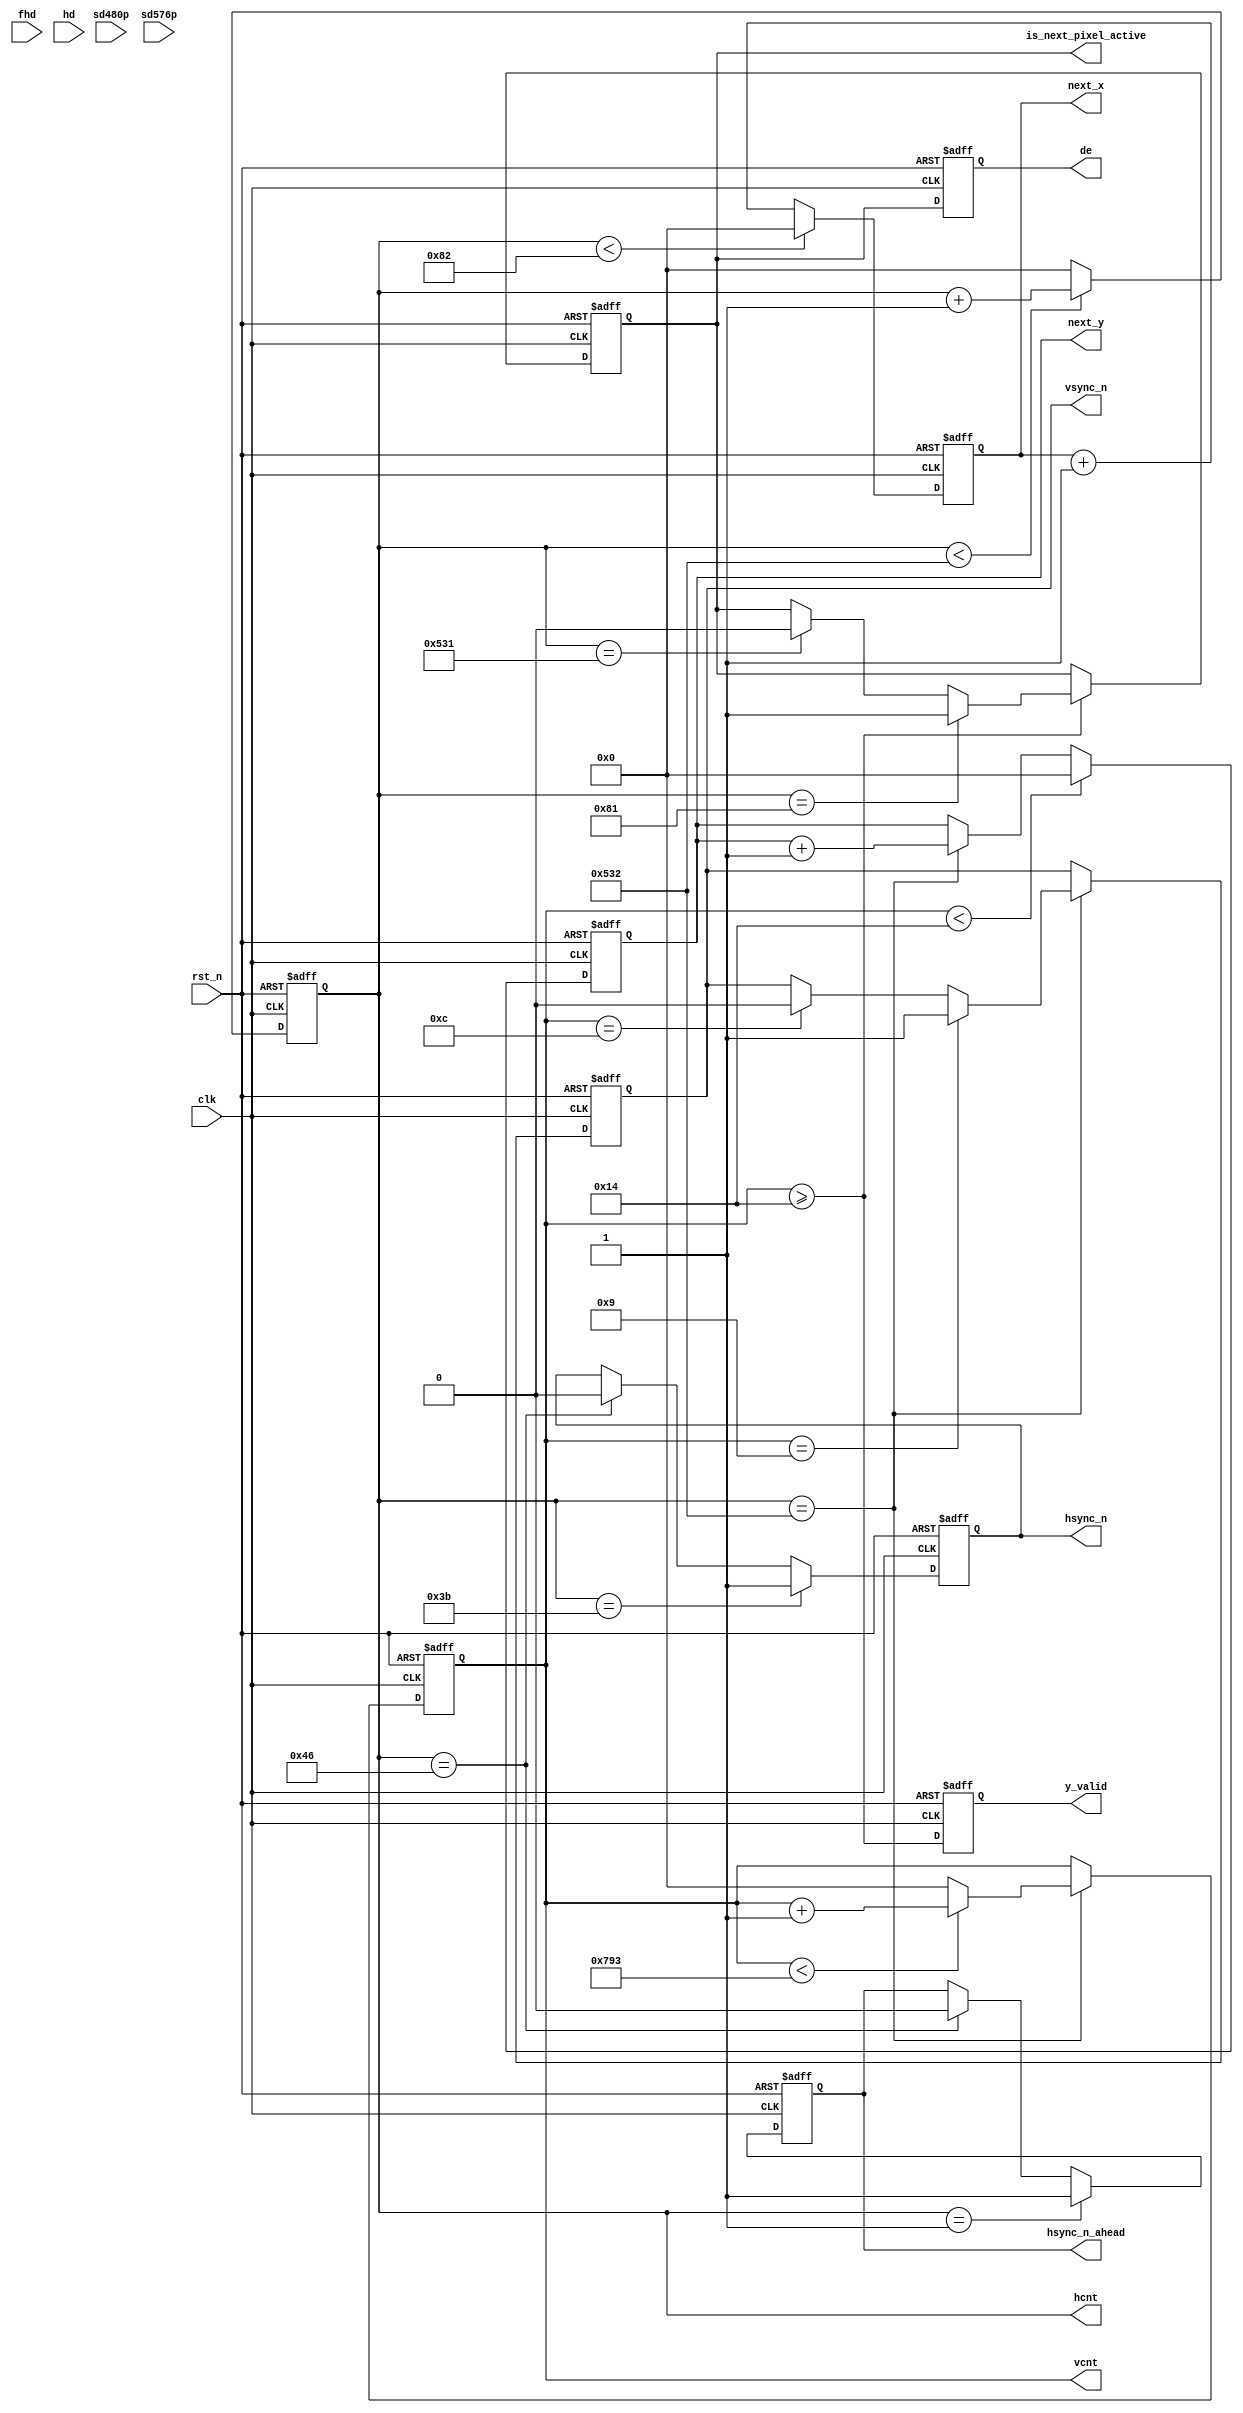
`define RES_1080p

module video_ctrl_1080x1920(
input             rst_n                ,
input             clk                  ,
input             fhd                  ,
input             hd,                  
input             sd480p               ,
input             sd576p               ,
output reg        hsync_n              ,
output reg        hsync_n_ahead        ,
output reg        vsync_n              ,
output reg        de                   ,
output reg        is_next_pixel_active ,
output reg        y_valid              ,
output reg [12:0] next_x               ,
output reg [12:0] next_y               ,
output reg [12:0] hcnt                 ,
output reg [12:0] vcnt                 
);

wire [7:0]        H_FRONT       = 8'd60                      ;
wire [7:0]        H_SYNC        = 8'd11                      ;
wire [7:0]        H_BACK        = 8'd60                      ;
wire [11:0]       H_ACT	        = 12'd1200                   ;
wire [12:0]       H_BLANK_END   = H_FRONT+H_SYNC+H_BACK      ;
wire [12:0]       H_PERIOD      = H_FRONT+H_SYNC+H_BACK+H_ACT;  //88+44+148+1920=2200 //(2200*1245)/(1920+45)~35+40+119+1200

wire [7:0]        V_FRONT       = 8'd10                      ; 
wire [7:0]        V_SYNC        = 8'd3                       ; 
wire [7:0]        V_BACK        = 8'd7                       ; 
wire [11:0]       V_ACT	        = 12'd1920                   ;
wire [12:0]       V_BLANK_END   = V_FRONT+V_SYNC+V_BACK      ;
wire [12:0]       V_PERIOD      = V_FRONT+V_SYNC+V_BACK+V_ACT; //4+5+36+1080=1125

//hsync_n
always @ (posedge clk or negedge rst_n)
begin
	if(!rst_n)
	begin
		hcnt <= 0;
		hsync_n <= 0;
		hsync_n_ahead <= 1'b0;
	end
	else
	begin
		if(hcnt<H_PERIOD-1)
			hcnt <= hcnt + 1;  
		else 
			hcnt <= 0;
		if (hcnt == H_FRONT-1)
			hsync_n <= 1'b1;
		else if (hcnt == H_FRONT+H_SYNC-1)
			hsync_n <= 1'b0;
			
		if(hcnt == 1)
			hsync_n_ahead <= 1'b1;
		else if (hcnt == H_FRONT+H_SYNC-1)
			hsync_n_ahead <= 1'b0;	
	end
end
  
 
//vsync_n
always @ (posedge clk or negedge rst_n)
begin
	if(!rst_n)
	begin
		vcnt <=  0;
		vsync_n <= 0;
	end
	else
	begin 
		if (hcnt == H_PERIOD-1)
		begin
			if(vcnt<V_PERIOD-1)
				vcnt <= vcnt + 1;  
			else 
				vcnt <= 0;
			if (vcnt == V_FRONT-1)
				vsync_n <= 1'b1;
			else if (vcnt == V_FRONT+V_SYNC-1)
				vsync_n <= 1'b0;
		end
	end
end
    
always @ (posedge clk or negedge rst_n)
if (!rst_n) begin
	is_next_pixel_active <= 0;
	de <= 0;
	y_valid <= 0;
end 
else begin
	if (vcnt >= V_BLANK_END) begin
		if (hcnt == H_BLANK_END - 2)
			is_next_pixel_active <= 1'b1;
		else if (hcnt == H_PERIOD - 2)
			is_next_pixel_active <= 1'b0;
	end
	y_valid <= vcnt >= V_BLANK_END;
	de <= is_next_pixel_active;
end
	
always @ (posedge clk or negedge rst_n)
if (!rst_n) begin
	next_x <= 0;
	next_y <= 0;
end
else begin
	if (hcnt < H_BLANK_END - 1)
		next_x <= 0;
	else
		next_x <= next_x + 1'b1;
	
	if (vcnt < V_BLANK_END)
		next_y <= 0;
	else if (hcnt == H_PERIOD-1)
		next_y <= next_y + 1'b1;
end

endmodule